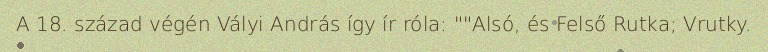
A 18. század végén Vályi András így ír róla: ""Alsó, és Felső Rutka; Vrutky.